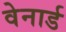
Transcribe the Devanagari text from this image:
वेनार्ड